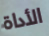
الأداة